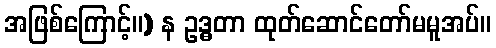
အဖြစ်ကြောင့်။) န ဥဒ္ဓတာ ထုတ်ဆောင်တော်မမူအပ်။